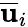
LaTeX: \overline{{\mathbf{u}}}_{i}